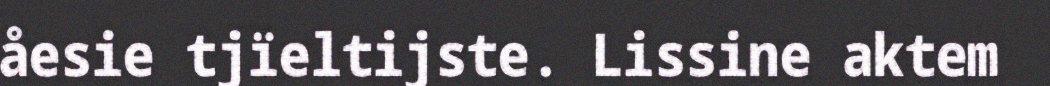
åesie tjïeltijste. Lissine aktem